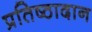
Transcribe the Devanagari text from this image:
प्रतिष्ठादान